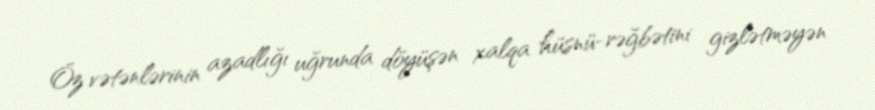
Öz vətənlərinin azadlığı uğrunda döyüşən xalqa hüsnü-rəğbətini gizlətməyən